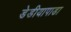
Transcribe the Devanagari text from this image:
डेडीयापाडा